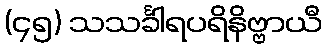
(၄၅) သသင်္ခါရပရိနိဗ္ဗာယီ